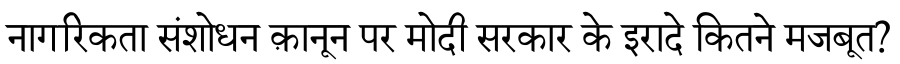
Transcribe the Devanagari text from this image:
नागरिकता संशोधन क़ानून पर मोदी सरकार के इरादे कितने मजबूत?